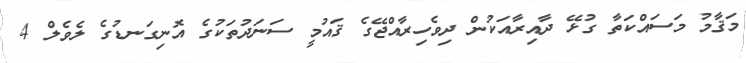
މަޤާމު މަސައްކަތާ ގުޅޭ ދާއިރާއަކުން ދިވެހިރާއްޖޭގެ ޤައުމީ ސަނަދުތަކުގެ އޮނިގަނޑުގެ ލެވެލް 4